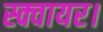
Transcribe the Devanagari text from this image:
स्क्वायर।